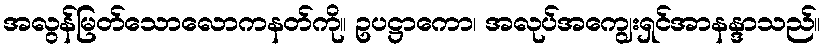
အလွန်မြတ်သောလောကနတ်ကို။ ဥပဋ္ဌာကော၊ အလုပ်အကျွေးရှင်အာနန္ဒာသည်။